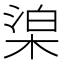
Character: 𣓬